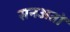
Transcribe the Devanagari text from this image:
सनअतों